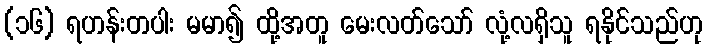
(၁၆) ရဟန်းတပါး မမာ၍ ထို့အတူ မေးလတ်သော် လုံ့လရှိသူ ရနိုင်သည်ဟု